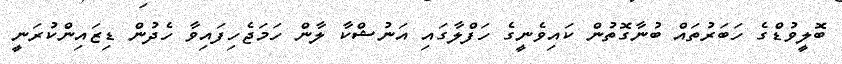
ބޮލީވުޑްގެ ހަބަރުތައް ބުނާގޮތުން ކައިވެނީގެ ހަފްލާގައި އަނުޝްކާ ލާން ހަމަޖެހިފައިވާ ހެދުން ޑިޒައިންކުރަނީ